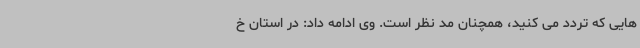
هایی که تردد می کنید، همچنان مد نظر است. وی ادامه داد: در استان خ